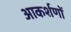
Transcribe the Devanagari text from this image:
आकर्शणों